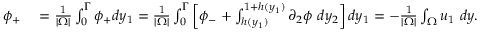
\begin{array} { r l } { \phi _ { + } } & { { } = \frac { 1 } { | \Omega | } \int _ { 0 } ^ { \Gamma } \phi _ { + } d y _ { 1 } = \frac { 1 } { | \Omega | } \int _ { 0 } ^ { \Gamma } \left[ \phi _ { - } + \int _ { h ( y _ { 1 } ) } ^ { 1 + h ( y _ { 1 } ) } \partial _ { 2 } \phi \ d y _ { 2 } \right] d y _ { 1 } = - \frac { 1 } { | \Omega | } \int _ { \Omega } u _ { 1 } \ d y . } \end{array}